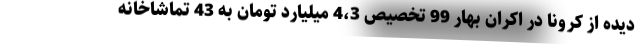
دیده از کرونا در اکران بهار 99 تخصیص 4،3 میلیارد تومان به 43 تماشاخانه